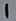
Text: 1